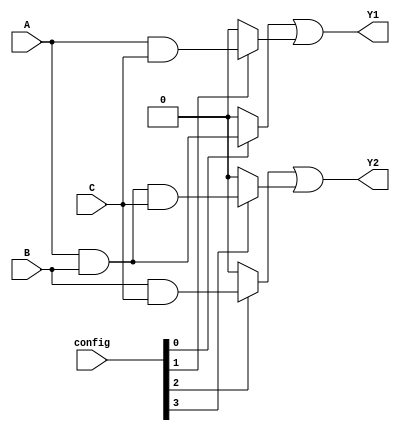
module PAL (
    input wire A,    // Input A
    input wire B,    // Input B
    input wire C,    // Input C
    input wire [3:0] config, // Configuration for the AND gates
    output wire Y1,  // Output Y1
    output wire Y2   // Output Y2
);

// AND array outputs
wire product_term_0; // AND gate 0 output
wire product_term_1; // AND gate 1 output
wire product_term_2; // AND gate 2 output
wire product_term_3; // AND gate 3 output

// AND gates implementation (programmable)
assign product_term_0 = (config[0]) ? (A & B) : 0;
assign product_term_1 = (config[1]) ? (A & C) : 0;
assign product_term_2 = (config[2]) ? (B & C) : 0;
assign product_term_3 = (config[3]) ? (A & B & C) : 0;

// Fixed OR array (Combining product terms to form outputs)
assign Y1 = product_term_0 | product_term_1;   // Output Y1 combines product terms 0 and 1
assign Y2 = product_term_2 | product_term_3;   // Output Y2 combines product terms 2 and 3

endmodule